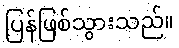
ပြန်ဖြစ်သွားသည်။